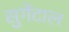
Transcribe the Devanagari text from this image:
सुगेंटाल